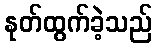
နုတ်ထွက်ခဲ့သည်